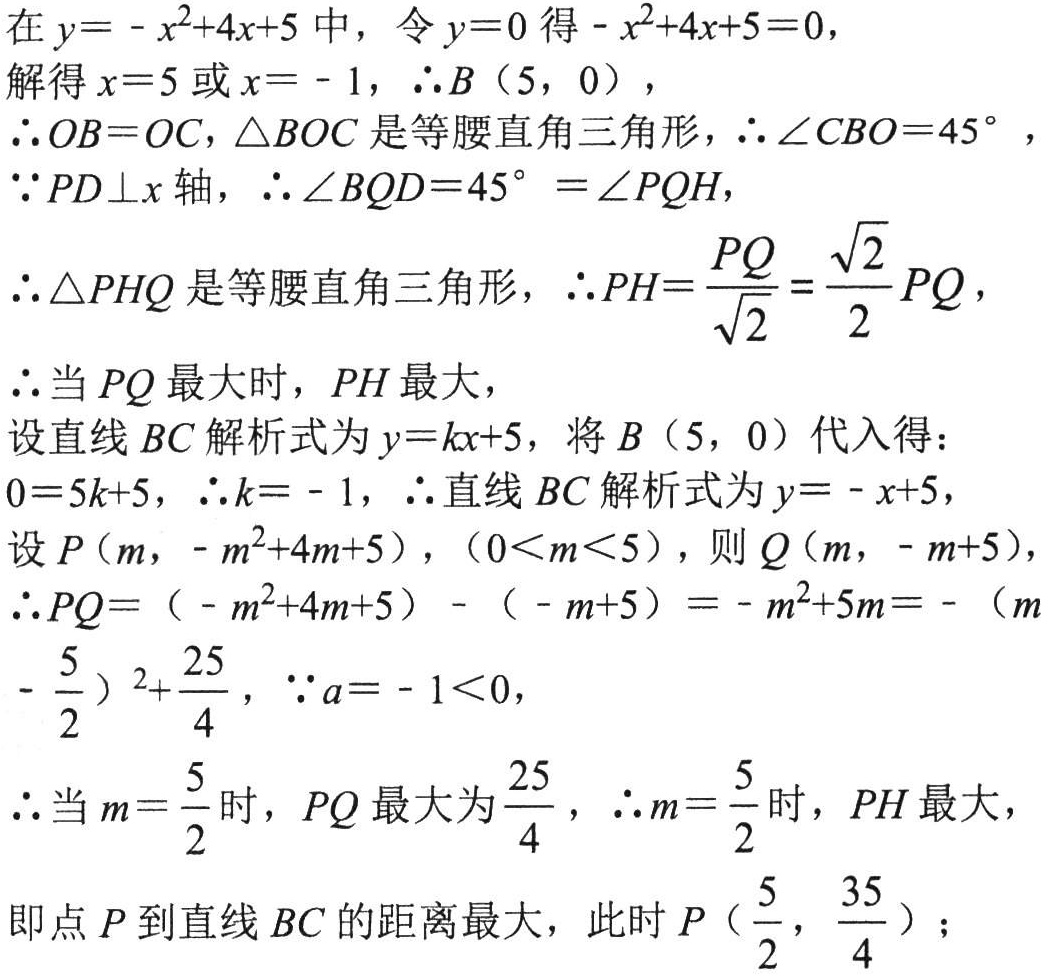
在\(y = -x^{2}+4x + 5\)中，令\(y = 0\)得\(-x^{2}+4x + 5 = 0\)，
解得\(x = 5\)或\(x = -1\)，\(\therefore B(5,0)\)，
\(\therefore OB = OC\)，\(\triangle BOC\)是等腰直角三角形，\(\therefore \angle CBO = 45^{\circ}\)，
\(\because PD\perp x\)轴，\(\therefore \angle BQD = 45^{\circ}=\angle PQH\)，
\(\therefore \triangle PHQ\)是等腰直角三角形，\(\therefore PH=\frac{PQ}{\sqrt{2}}=\frac{\sqrt{2}}{2}PQ\)，
\(\therefore\)当\(PQ\)最大时，\(PH\)最大，
设直线\(BC\)解析式为\(y = kx + 5\)，将\(B(5,0)\)代入得：
\(0 = 5k + 5\)，\(\therefore k = -1\)，\(\therefore\)直线\(BC\)解析式为\(y = -x + 5\)，
设\(P(m,-m^{2}+4m + 5)\)，\((0\lt m\lt5)\)，则\(Q(m,-m + 5)\)，
\(\therefore PQ=(-m^{2}+4m + 5)-(-m + 5)=-m^{2}+5m=-(m - \frac{5}{2})^{2}+\frac{25}{4}\)，\(\because a = -1\lt0\)，
\(\therefore\)当\(m = \frac{5}{2}\)时，\(PQ\)最大为\(\frac{25}{4}\)，\(\therefore m = \frac{5}{2}\)时，\(PH\)最大，
即点\(P\)到直线\(BC\)的距离最大，此时\(P(\frac{5}{2},\frac{35}{4})\)；